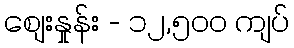
စျေးနှုန်း - ၁၂,၅၀၀ ကျပ်